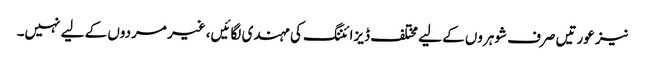
نیز عورتیں صرف شوہروں کے لیے مختلف ڈیزائننگ کی مہندی لگائیں، غیر مردوں کے لیے نہیں۔